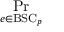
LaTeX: \operatorname* { P r } _ { e \in { \mathrm { B S C } } _ { p } }